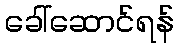
ခေါ်ဆောင်ရန်